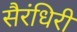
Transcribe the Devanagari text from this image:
सैरंधिरी